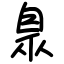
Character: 臮